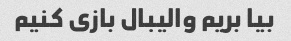
بیا بریم والیبال بازی کنیم